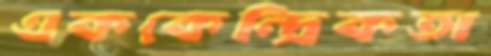
এককেন্দ্রিকতা